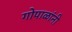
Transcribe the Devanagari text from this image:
गोपाळांनी